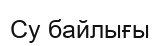
Су байлығы